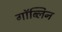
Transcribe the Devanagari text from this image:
गॉब्लिन